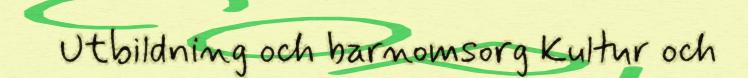
Utbildning och barnomsorg Kultur och